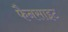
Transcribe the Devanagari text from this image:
फैनसाइट